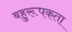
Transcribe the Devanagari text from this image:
बहुरूपकता